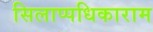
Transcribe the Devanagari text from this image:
सिलाप्पधिकाराम